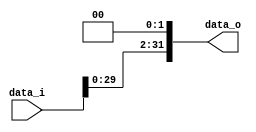
//Subject:      CO project 3 - Shift_Left_Two_32
//--------------------------------------------------------------------------------
//Version:     1
//--------------------------------------------------------------------------------
//Description: 
//--------------------------------------------------------------------------------
//  110550093

module Shift_Left_Two_32(
    data_i,
    data_o
);

//I/O ports                    
input [32-1:0] data_i;
output [32-1:0] data_o;

//shift left 2
assign data_o = {data_i[29:0], 2'b00};

endmodule